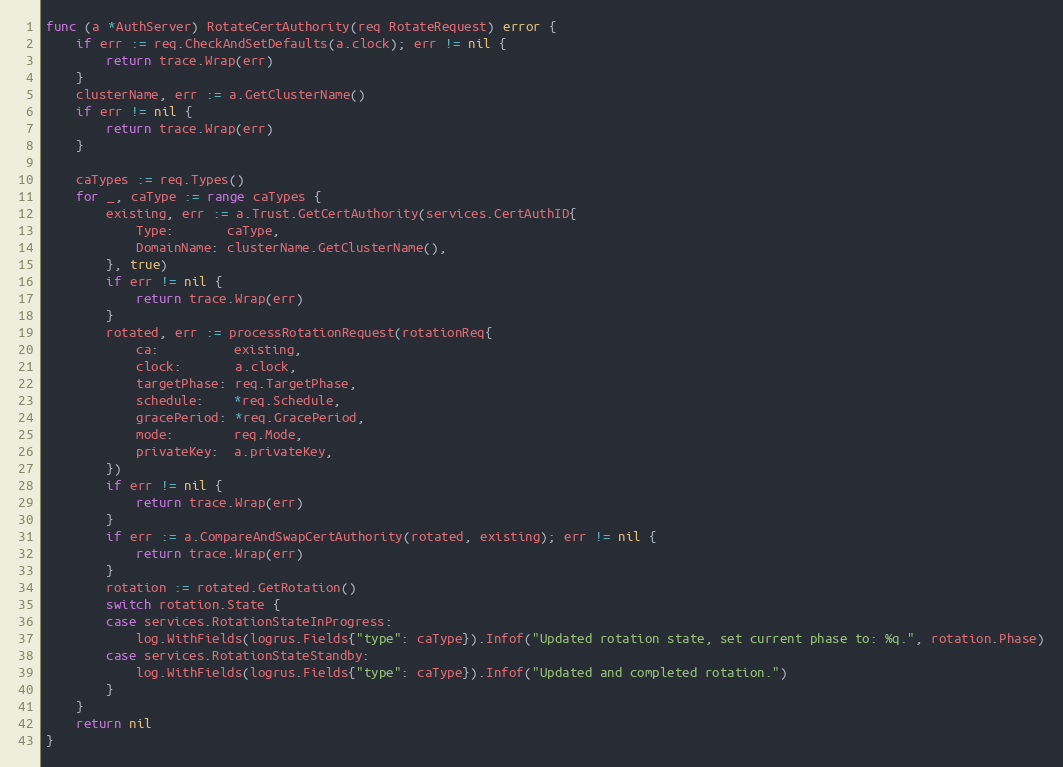
Language: Go
func (a *AuthServer) RotateCertAuthority(req RotateRequest) error {
	if err := req.CheckAndSetDefaults(a.clock); err != nil {
		return trace.Wrap(err)
	}
	clusterName, err := a.GetClusterName()
	if err != nil {
		return trace.Wrap(err)
	}

	caTypes := req.Types()
	for _, caType := range caTypes {
		existing, err := a.Trust.GetCertAuthority(services.CertAuthID{
			Type:       caType,
			DomainName: clusterName.GetClusterName(),
		}, true)
		if err != nil {
			return trace.Wrap(err)
		}
		rotated, err := processRotationRequest(rotationReq{
			ca:          existing,
			clock:       a.clock,
			targetPhase: req.TargetPhase,
			schedule:    *req.Schedule,
			gracePeriod: *req.GracePeriod,
			mode:        req.Mode,
			privateKey:  a.privateKey,
		})
		if err != nil {
			return trace.Wrap(err)
		}
		if err := a.CompareAndSwapCertAuthority(rotated, existing); err != nil {
			return trace.Wrap(err)
		}
		rotation := rotated.GetRotation()
		switch rotation.State {
		case services.RotationStateInProgress:
			log.WithFields(logrus.Fields{"type": caType}).Infof("Updated rotation state, set current phase to: %q.", rotation.Phase)
		case services.RotationStateStandby:
			log.WithFields(logrus.Fields{"type": caType}).Infof("Updated and completed rotation.")
		}
	}
	return nil
}